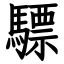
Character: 驃